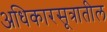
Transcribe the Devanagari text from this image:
अधिकारसूत्रातील